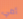
أمي